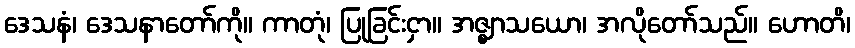
ဒေသနံ၊ ဒေသနာတော်ကို။ ကာတုံ၊ ပြုခြင်းငှာ။ အဇ္ဈာသယော၊ အလိုတော်သည်။ ဟောတိ၊